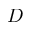
D